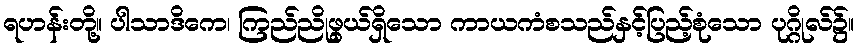
ရဟန်းတို့။ ပါသာဒိကေ၊ ကြည်ညိုဖွယ်ရှိသော ကာယကံစသည်နှင့်ပြည့်စုံသော ပုဂ္ဂိုလ်၌။